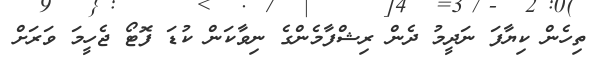
ތިހެން ކިޔާފަ ނަދީމު ދެން ރިޝްފާމެންގެ ނިވާކަން ކުޑަ ފޮޓޯ ޖެހީމަ ވަރަށް